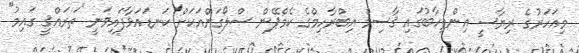
މިއަހަރުގެ ރިޔާސީ އިންތިހާބުގައި ޤާސިމް އިބްރާހިމްގެ ކެމްޕޭން ސްލޯގަންއަކަށް ކަނޑައަޅާފައިވަނީ "ތަރައްޤީ ގައިމު"